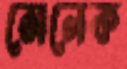
সেলেক